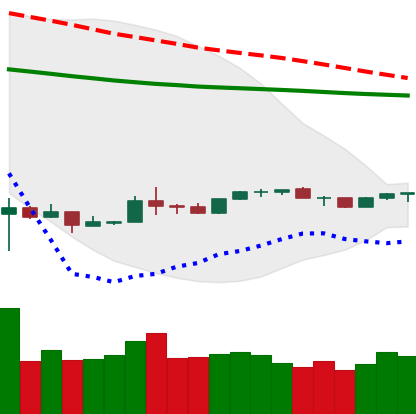
Ticker: NEO-USD
Chart end date: 2020-04-01
Forward return: 13.66%
Label: up_7plus